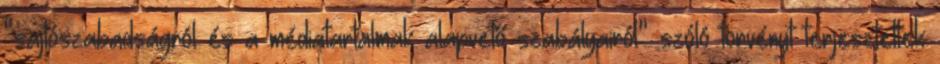
“sajtószabadságról és a médiatartalmak alapvető szabályairól” szóló törvényt terjesztettek